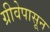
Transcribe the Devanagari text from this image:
ग्रीवेपासून